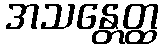
အသန္တေတ္ထ